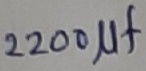
Text: 2200µF